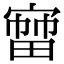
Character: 𡪒